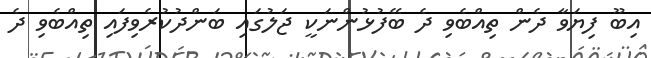
އިބޫ ފިޔަވާ ދެން ތިއްބެވި ދެ ބޭފުޅުންނަކީ ޖަލުގައި ބަންދުކުރެވިފައި ތިއްބެވި ދެ